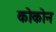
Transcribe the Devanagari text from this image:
कोकोन